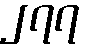
၂၇၇